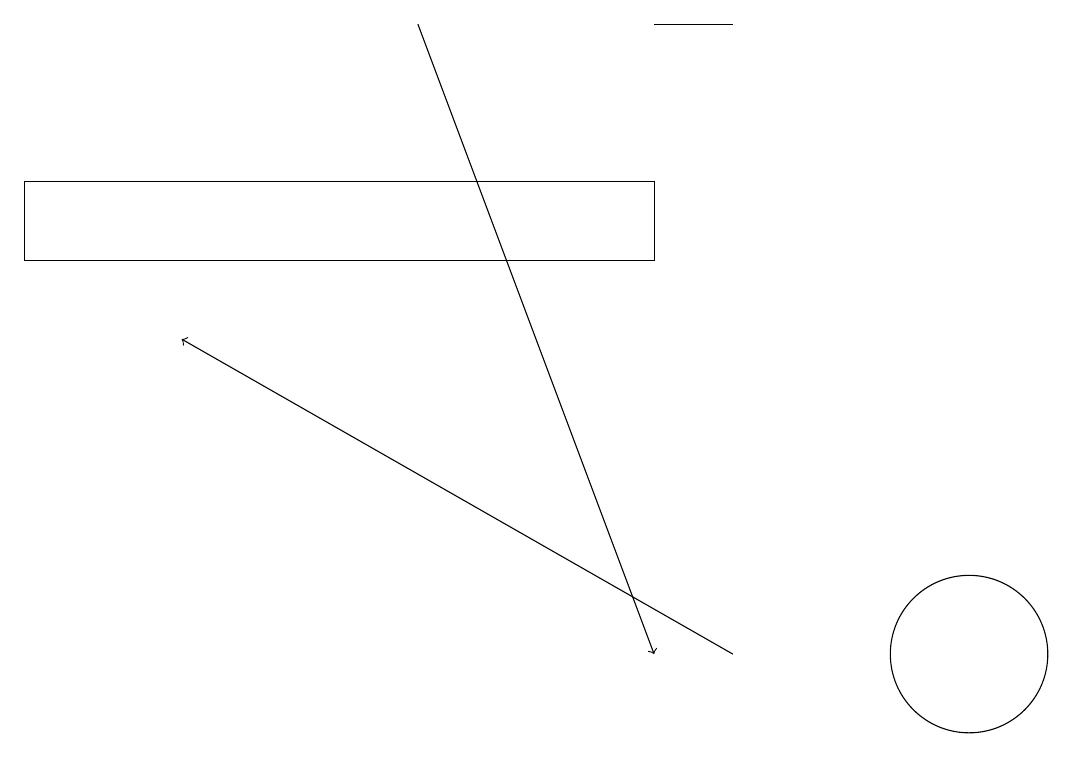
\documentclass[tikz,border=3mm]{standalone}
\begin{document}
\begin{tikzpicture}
\draw[->] (9,10) -- (2,14);
\draw (8,18) rectangle (9,18);
\draw (12,10) circle (1);
\draw (8,15) rectangle (0,16);
\draw[->] (5,18) -- (8,10);
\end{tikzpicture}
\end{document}